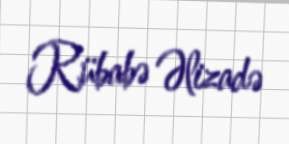
Rübabə Əlizadə